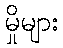
မှိုများ